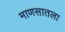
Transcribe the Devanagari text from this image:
माणसातला